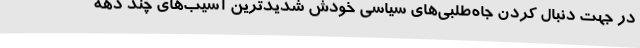
در جهت دنبال کردن جاه‌طلبی‌های سیاسی خودش شدیدترین آسیب‌های چند دهه